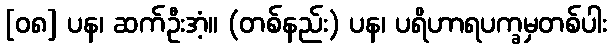
[၀၈] ပန၊ ဆက်ဦးအံ့။ (တစ်နည်း) ပန၊ ပရိဟာရပက္ခမှတစ်ပါး